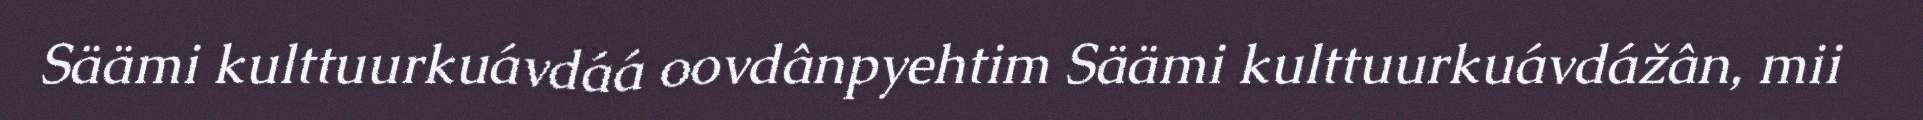
Säämi kulttuurkuávdáá oovdânpyehtim Säämi kulttuurkuávdážân, mii